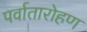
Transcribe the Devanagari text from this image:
पर्वातारोहण